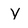
Character: Y